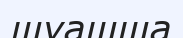
шуашша